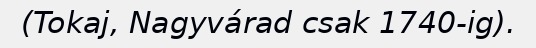
(Tokaj, Nagyvárad csak 1740-ig).